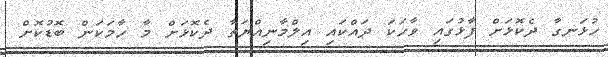
ހުޅަނގާ ދެކޮޅަށް ފާޅުގައި ވާހަކަ ދައްކައި އިލްމާނިއްޔަތާ ދެކޮޅަށް މާ ހާމަކަން ބޮޑުކޮށް